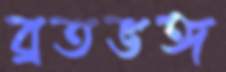
ব্রতভঙ্গ